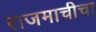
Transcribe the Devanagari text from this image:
राजमाचीचा